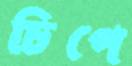
চিপে